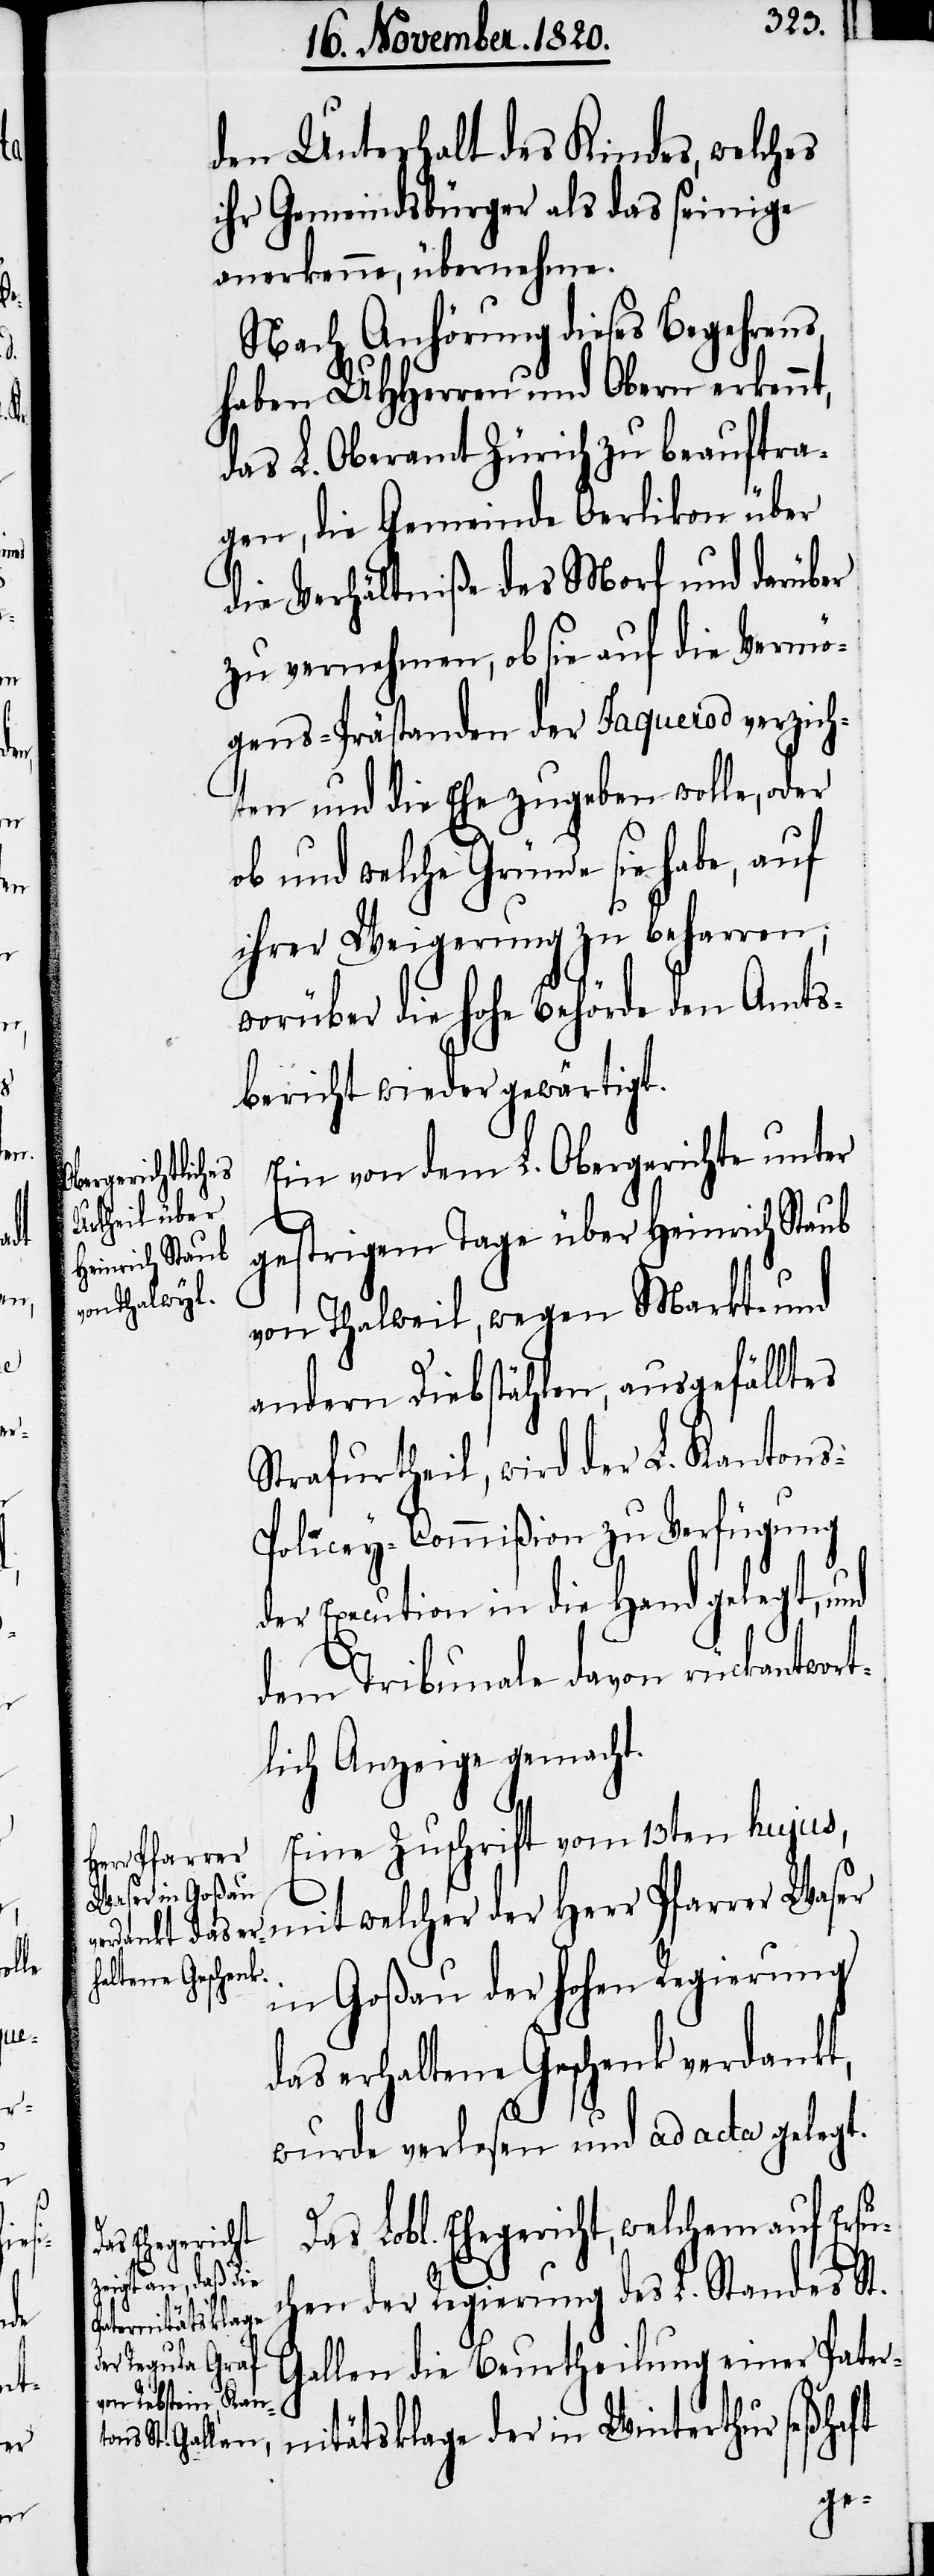
den Unterhalt des Kindes, welches
ihr Gemeindsbürger als das seinige
anerkenne, übernehme.
Nach Anhörung dieses Begehrens
haben UHherren und Obern erkennt,
das L. Oberamt Zürich zu beauftra¬
gen, die Gemeinde Oerlikon über
die Verhältniße des Morf und darüber
zu vernehmen, ob sie auf die Vermö¬
gens-Prästanden der Jaquerod verzich¬
ten und die Ehe zugeben wolle, oder
ob und welche Gründe sie habe, auf
ihrer Weigerung zu beharren;
worüber die hohe Behörde den Amts¬
bericht wieder gewärtigt.
Ein von dem L. Obergerichte unter
gestrigem Tage über Heinrich Staub
von Thalweil, wegen Markt- und
andern Diebstählen, ausgefälltes
Strafurtheil, wird der L. Kantons-P¬
olicey-Commißion zu Verfügung
der Execution in die Hand gelegt, und
dem Tribunale davon rückantwor¬
tlich Anzeige gemacht.
Eine Zuschrift vom 13ten hujus,
mit welcher der Herr Pfarrer Waser
in Goßau der hohen Regierung
das erhaltene Geschenk verdankt,
wurde verlesen und ad acta gelegt.
Das Lobl. Ehegericht, welchem auf Ersu¬
chen der Regierung des L. Standes St.
Gallen die Beurtheilung einer Pater¬
nitätsklage der in Winterthur seßhaft